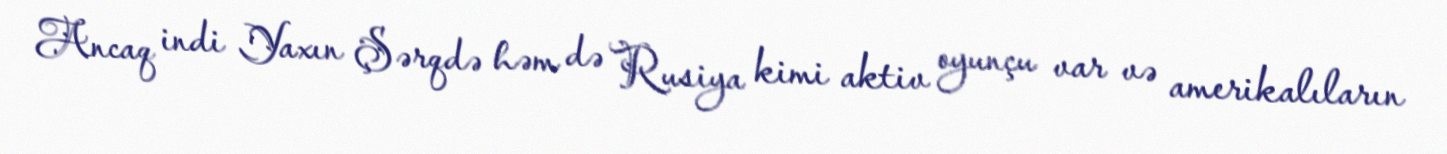
Ancaq indi Yaxın Şərqdə həm də Rusiya kimi aktiv oyunçu var və amerikalıların